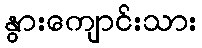
နွားကျောင်းသား